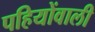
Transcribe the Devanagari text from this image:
पहियोंवाली